Tezpur Lunatic Asylum reports 1877-1894 - 1877-1894
Year: 1877
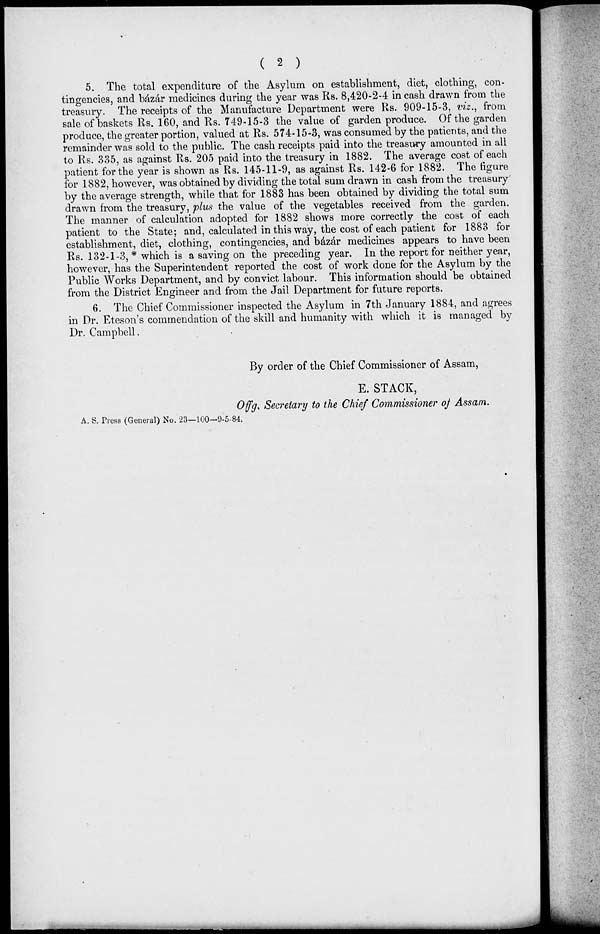
( 2 )
5. The total expenditure of the Asylum on establishment, diet, clothing, con-
tingencies, and bazar medicines during the year was Rs. 8,420-2-4 in cash drawn from the
treasury. The receipts of the Manufacture Department were Ks. 909-15-3, viz., from
sale of baskets Rs. 160, and Rs. 749-15-3 the value of garden produce. Of the garden
produce, the greater portion, valued at Rs. 574-15-3, was consumed by the patients, and the
remainder was sold to the public. The cash receipts paid into the treasury amounted in all
to Rs. 335, as against Rs. 205 paid into the treasury in 1882. The average cost of each
patient for the year is shown as Rs. 145-11-9, as against Rs. 142-6 for 1882. The figure
for 1882, however, was obtained by dividing the total sum drawn in cash from the treasury
by the average strength, while that for 1883 has been obtained by dividing the total sum
drawn from the treasury, plus the value of the vegetables received from the garden.
The manner of calculation adopted for 1882 shows more correctly the cost of each
patient to the State; and, calculated in this way, the cost of each patient for 1883 for
establishment, diet, clothing, contingencies, and bazar medicines appears to have been
Rs. 132-1-3, * which is a saving on the preceding year. In the report for neither year,
however, has the Superintendent reported the cost of work done for the Asylum by the
Public Works Department, and by convict labour. This information should be obtained
from the District Engineer and from the Jail Department for future reports.
6. The Chief Commissioner inspected the Asylum in 7th January 1884, and agrees
in Dr. Eteson's commendation of the skill and humanity with which it is managed by
Dr. Campbell.
By order of the Chief Commissioner of Assam,
E. STACK,
Offg % Secretary to the Chief Commissioner of Assam.
A. S, Press (General) No. 23—100—9-5-84.